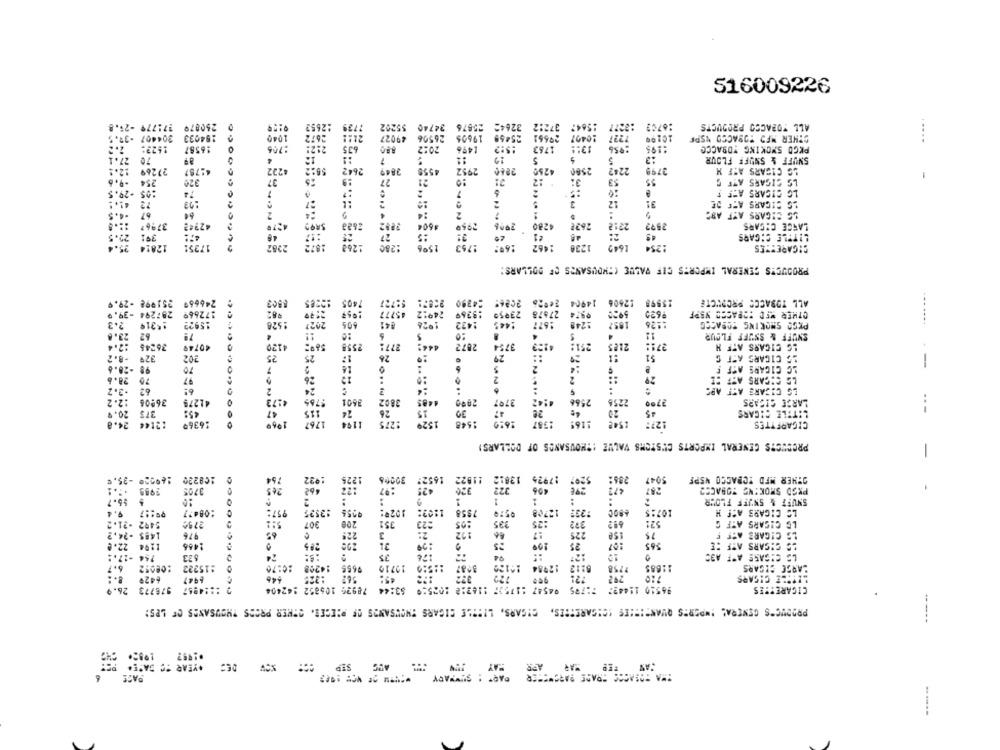
516009226
17:779 -25.8
250879
:2652
739
$5202
24740
25676
32645
212
1564:
:2277
:6702
ALL TOBACCO PRODUCTS
1040
39027
19605
25459
29661
12?7
OTHER MED TOSACCO NSPF
304407
194033
2672
26506
10407
1623:
16587
705
635
880
30:2
1496
1763
:956
:10
PKGD SMOKING TOBACCO
27.1
70
4
11
19
SNUFF & SNUFF FLOUR
2799
12.4
27269
2642
2849
4558
2952
2866
4250
224?
LG CIGARS ASF M
-9.6
254
37
25
27
12
53
$5
LS CIGARS ATE C
320
21
-29.5
74
LG CICARS AF! !
27
3
12
31
OG CIGARS AFF DE
:4
-4.5
67
64
2
....
SG CIGARS ATF ABS
37967
42742
SR97
3802
$60€
4280
26 ??
2212
2999
LANCE CIGARS
:5
22.5
391
280
9val
1238
LITTLE CIGARS
35.4
12814
17351
2282
15%
1753
2462
1645
1254
CIGARETTES
PRODUCTS GENERAL IMPORTS CIF VALUE (THOUSANDS OF DOLLARS:
405
:4350
ALL TOBACCO PRODUCTE
251998 -29.9
246669
15285
45777
14904
12506
297294 -39.9
177669
18369
23050
0974
OTHER MED SOPASCD YSPF
2.3
15319
1528
2027
1422
:445
1677
1248
1852
126
PEGO SMOKING TOBACCO
15922
23.8
62
79
SNUFF & SSUFF FLOUR
.7.4
36245
40749
4120
2872
3754
-
251:
2185
271:
LG CIGARS ATF H
-8. 2
32º
202
25
25
29
:1
$1
AG CIGARS ATT C
-28.6
7
2
LC CIGARS ATF
2
29
28.6
70
97
26
LS CHCARS ASF SE
+2.2
62
2
24
:
LG CICARS ATT ARS
765
4485
2000
2566
2256
2700
:2.2
36906
41275
30
3707
LARGE CIGARS
20.9
375
45:
LITTLE CICARS
1767
1529
1548
16:0
2587
---
24.8
12144
16369
CIGARETTES
:THOUSANDS OF DOLLARS)
PRODUCTS GENERAL IMPORTS CUSTOMS VALUE
-
169350 -35.
108220
1º22
1225
30005
5047
OTHER MFD TOBACCO NSPF
462
:22
287
PXSD SMOKING TOBACCO
-
$5.7
S
SNUFF & SNUFF FLOUR
957:
9955
107:5
LC CIGARS ASF H
9.4
99:17
:3535
5492 -21.2
5:1
307
200
692
521
LG CIGARS ATF G
1485 -24.2
976
LS CIGARS AFF F
22.0
1294
1466
285
OG GISARS ATF DE
754 -17 .:
LS CIGARE ATT A3C
6.7
:08052
:15222
10:70
14208
9655
2758
11685
LARGE CIGARS
+420
1947
292
LITTLE CIGARS
976773 26.9
7 :: 14957
78926 106852 :42404
$3:44
96550 114437
CIGARETTES
PRODUC'S GENERAL IMPORTS QUANTITIES (CIGARETTES,
CIGARS. LISILE CIGARS THOUSANDS OF PIECES. OTHER PRODS THOUSANDS OF LPS:
-----
DES .YEAR "C BASE.
SEP
APP
PASE
"" : SUMMARY